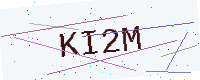
Text: KI2M